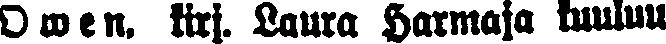
Owen. kirj. Laura Harmaja kuuluu